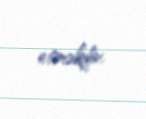
etməkdir.